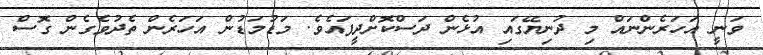
ވަނީ އަހަރެންނައް މި ދުނިޔޭގައި އުޅެން ދަސްކޮށްދީފައެވެ. މަޑުމަޑުން އަހަރެން ތެދުވެގެން ގޮސް